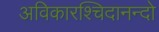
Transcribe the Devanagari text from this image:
अविकारश्चिदानन्दो